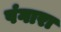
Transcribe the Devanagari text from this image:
पंगारा